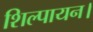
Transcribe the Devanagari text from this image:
शिल्पायन।